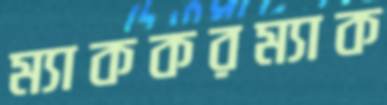
ম্যাককরম্যাক